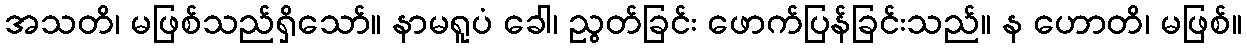
အသတိ၊ မဖြစ်သည်ရှိသော်။ နာမရူပံ ခေါ၊ ညွတ်ခြင်း ဖောက်ပြန်ခြင်းသည်။ န ဟောတိ၊ မဖြစ်။